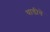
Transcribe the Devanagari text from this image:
धाडीचे